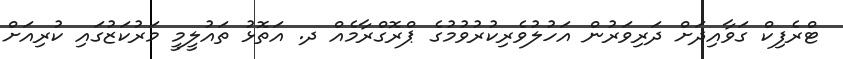
ޓްރެފިކް ގަވާއިދަށް ދަރިވަރުން އަހުލުވެރިކުރުވުމުގެ ޕްރޮގްރާމެއް ދ. އަތޮޅު ތައުލީމީ މަރުކަޒުގައި ކުރިއަށް